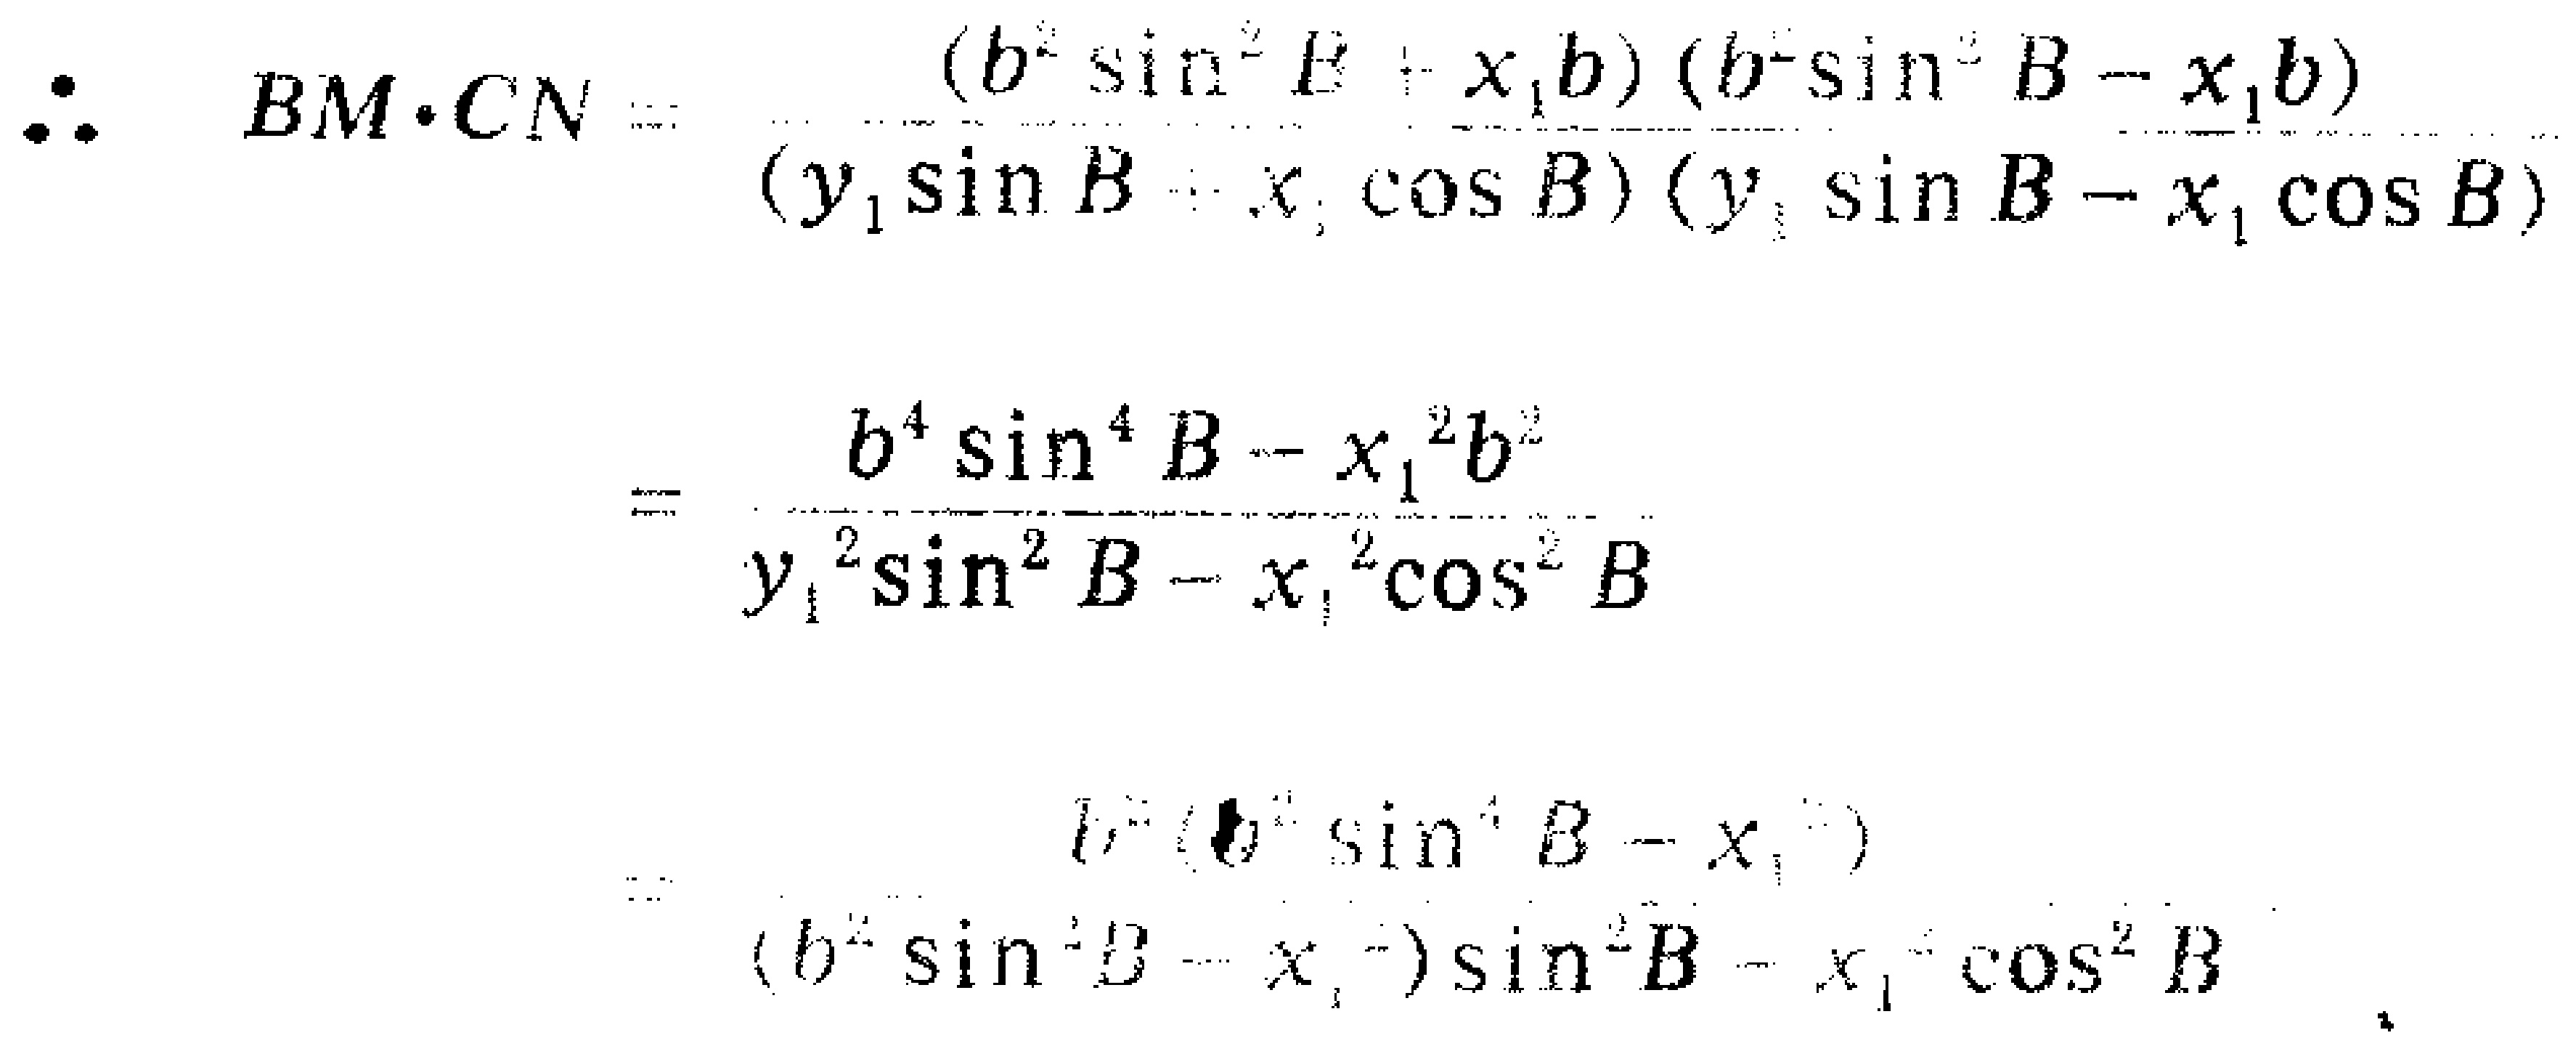
\[\begin{align*}

\therefore BM\cdot CN&=\frac{(b^{2}\sin^{2}B + x_{1}b)(b^{2}\sin^{2}B - x_{1}b)}{(y_{1}\sin B + x_{1}\cos B)(y_{1}\sin B - x_{1}\cos B)}\\

&=\frac{b^{4}\sin^{4}B - x_{1}^{2}b^{2}}{y_{1}^{2}\sin^{2}B - x_{1}^{2}\cos^{2}B}\\

&=\frac{b^{2}(b^{2}\sin^{4}B - x_{1}^{2})}{(b^{2}\sin^{2}B - x_{1}^{2})\sin^{2}B - x_{1}^{2}\cos^{2}B}

\end{align*}\]